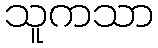
သူကသာ